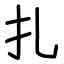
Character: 扎